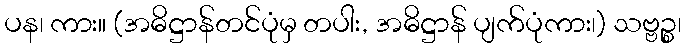
ပန၊ ကား။ (အဓိဋ္ဌာန်တင်ပုံမှ တပါး, အဓိဋ္ဌာန် ပျက်ပုံကား၊) သဗ္ဗဉ္စ၊